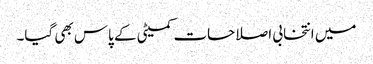
میں انتخابی اصلاحات کمیٹی کے پاس بھی گیا۔